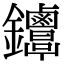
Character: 𨰳